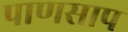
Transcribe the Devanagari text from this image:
पाणसाप